Lunatic asylums United Provinces 1909-1921 - 1909-1921
Year: 1909
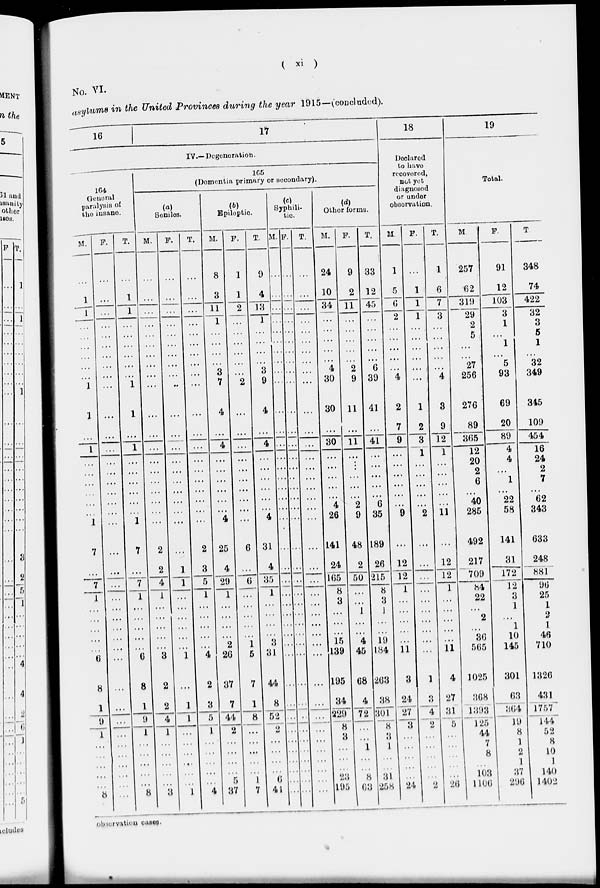
( xi )
No. VI.
asylums in the United Provinces during the year 1915—(concluded).
16
17
IV.— Degeneration.
164
General
paralysis of
the insane.
M.
...
1
1
...
...
...
...
...
...
1
...
1
...
...
...
...
...
...
1
7
...
7
1
...
...
...
...
6
8
1
9
1
...
...
...
...
...
8
F.
...
...
...
...
...
...
...
...
...
...
...
...
...
...
...
...
...
...
...
...
...
...
...
...
...
...
...
...
...
...
...
...
...
...
...
...
...
...
T.
...
1
1
...
...
...
...
...
...
1
...
1
...
...
...
...
...
...
1
7
...
7
1
...
...
...
...
...
6
8
1
9
1
...
...
...
...
...
8
165
(Domentia primary or secondary).
(a)
Seniles.
M.
...
...
...
...
...
...
...
...
...
...
...
...
...
...
...
...
...
...
...
2
2
4
1
...
...
...
...
...
3
2
2
4
1
...
...
...
...
...
3
F.
...
...
...
...
...
...
...
...
...
...
...
...
...
...
...
...
...
...
...
...
1
1
...
...
...
...
...
...
1
...
1
1
...
...
...
...
...
...
1
T.
...
...
...
...
...
...
...
...
...
...
...
...
...
...
...
...
...
...
...
2
3
5
1
...
...
...
...
...
4
2
3
5
1
...
...
...
...
...
4
(b)
Epileptic.
M.
8
3
11
1
...
...
...
3
7
4
...
4
...
...
...
...
...
...
4
25
4
29
1
...
...
...
...
2
20
37
7
44
2
...
...
...
...
5
37
F.
1
1
2
...
...
...
...
...
2
...
...
...
...
...
...
...
...
...
...
6
...
6
...
...
...
...
... 1
5
7
1
8
...
...
...
...
1
7
T .
9
4
13
1
...
...
...
3
9
4
...
4
...
...
...
...
...
...
4
31
4
35
1
...
...
...
...
3
31
44
8
52
2
...
...
...
...
...
41
(c)
Syphili-
tic.
M.
...
...
...
...
...
...
...
...
...
...
...
...
...
...
...
...
...
...
...
...
...
...
...
...
...
...
...
...
...
...
...
...
...
...
...
...
...
...
...
F.
...
...
...
...
...
...
...
...
...
...
...
...
...
...
...
...
...
...
...
...
...
...
...
...
...
...
...
...
...
...
...
...
...
...
...
...
...
...
...
T.
...
...
...
...
...
...
...
...
...
...
...
...
...
...
...
...
...
...
...
...
...
...
...
...
...
...
...
...
...
...
...
...
...
...
...
...
...
...
...
(d)
Other forms.
M.
24
10
34
...
...
...
...
4
30
30
...
30
...
...
...
...
...
4
26
141
24
165
8
3
...
...
...
15
139
195
34
229
8
3
...
...
...
23
195
F.
9
2
11
...
...
...
...
2
9
11
...
11
...
...
...
...
... 4
9
48
2
50
...
... 1
...
...
4
45
68
4
72
...
... 1
...
...
8
63
T.
33
12
45
...
...
...
...
6
39
41
...
41
...
...
...
...
... 6
35
189
26
215
8
3
1
...
...
19
184
263
38
301
8
3
1
...
...
31
258
18
Declared
to have
recovered,
not yet
diagnosed
or under
observation.
M.
1
5
6
2
...
...
...
...
4
2
7
9
...
...
...
...
...
...
9
...
12
12
1
...
...
...
...
11
3
24
27
3
...
...
...
...
...
24
F.
...
1
1
1
...
...
...
...
...
1
2
3
1
...
...
...
...
...
2
...
...
...
...
...
...
...
...
...
...
1
3
4
2
...
...
...
...
...
2
T.
1
6
7
3
...
...
...
...
4
3
9
12
1
...
...
...
...
...
11
...
12
12
1
...
...
...
...
...
11
4
27
31
5
...
...
...
...
...
26
19
Total.
M
257
62
319
29
2
5
...
27
256
276
89
365
12
20
2
6
... 40
285
492
217
709
84
22
...
2
...
36
565
1025
368
1393
125
44
7
8
...
103
1106
F.
91
12
103
3
1
...
1
5
93
69
20
89
4
4
...
1
... 22
58
141
31
172
12
3
1
...
1
10
145
301
63
364
19
8
1
2
1
37
296
T.
348
74
422
32
3
5
1
32
349
345
109
454
16
24
2
7
... 62
343
633
248
881
96
25
1
2
1
46
710
1326
431
1757
144
52
8
10
1
140
1402
observation cases.